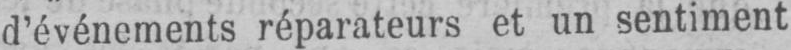
d’événements réparateurs et un sentiment